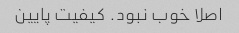
اصلا خوب نبود. کیفیت پایین